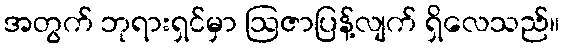
အတွက် ဘုရားရှင်မှာ ဩဇာပြန့်လျက် ရှိလေသည်။